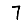
Digit: 7